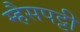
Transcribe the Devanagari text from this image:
म्हैसपट्टी